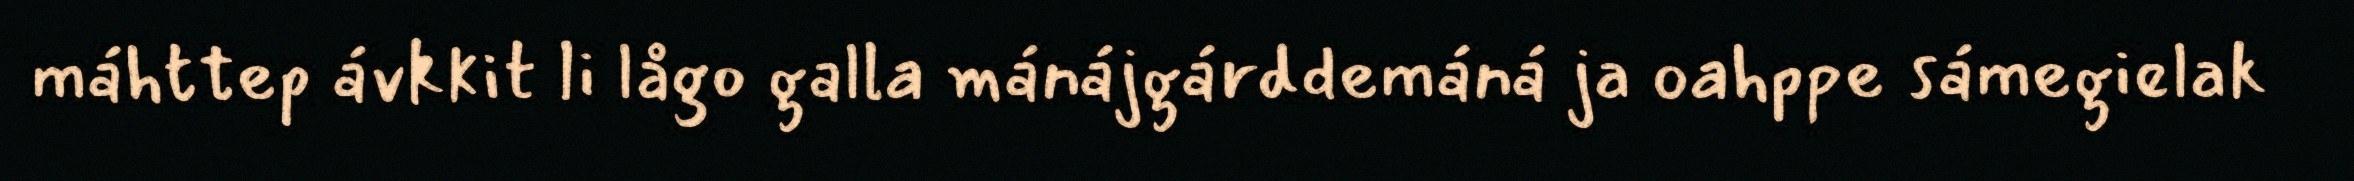
máhttep ávkkit li lågo galla mánájgárddemáná ja oahppe sámegielak